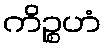
ကိဉ္စဟံ